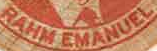
RAHM EMANUEL